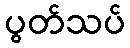
ပွတ်သပ်